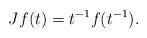
LaTeX: \begin{align*}Jf(t)=t^{-1}f(t^{-1}).\end{align*}